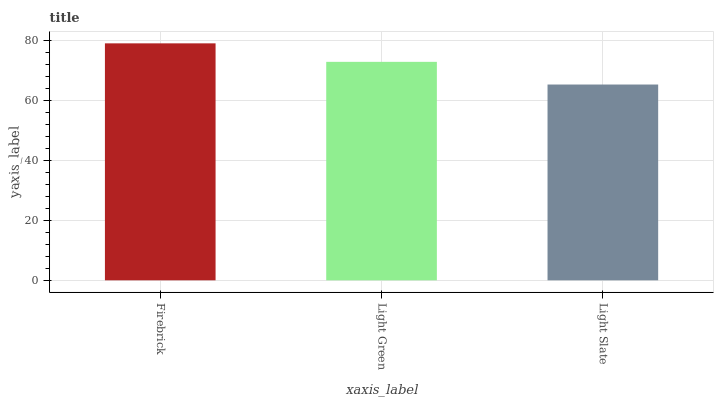
| xaxis_label | bars |
 | --- | --- |
 | Firebrick | 79 |
 | Light Green | 72.8 |
 | Light Slate | 65.3 |